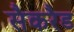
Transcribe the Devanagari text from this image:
सैकरैड